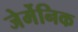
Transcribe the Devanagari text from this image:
जेर्मेनिक